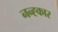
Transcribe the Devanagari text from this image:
नन्ह्कार